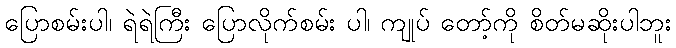
ပြောစမ်းပါ၊ ရဲရဲကြီး ပြောလိုက်စမ်း ပါ၊ ကျုပ် တော့်ကို စိတ်မဆိုးပါဘူး